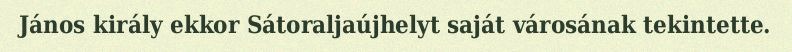
János király ekkor Sátoraljaújhelyt saját városának tekintette.